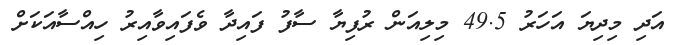
އަދި މިދިޔަ އަހަރު 49.5 މިލިއަން ރުފިޔާ ސާފު ފައިދާ ވެފައިވާއިރު ހިއްސާއަކަށް